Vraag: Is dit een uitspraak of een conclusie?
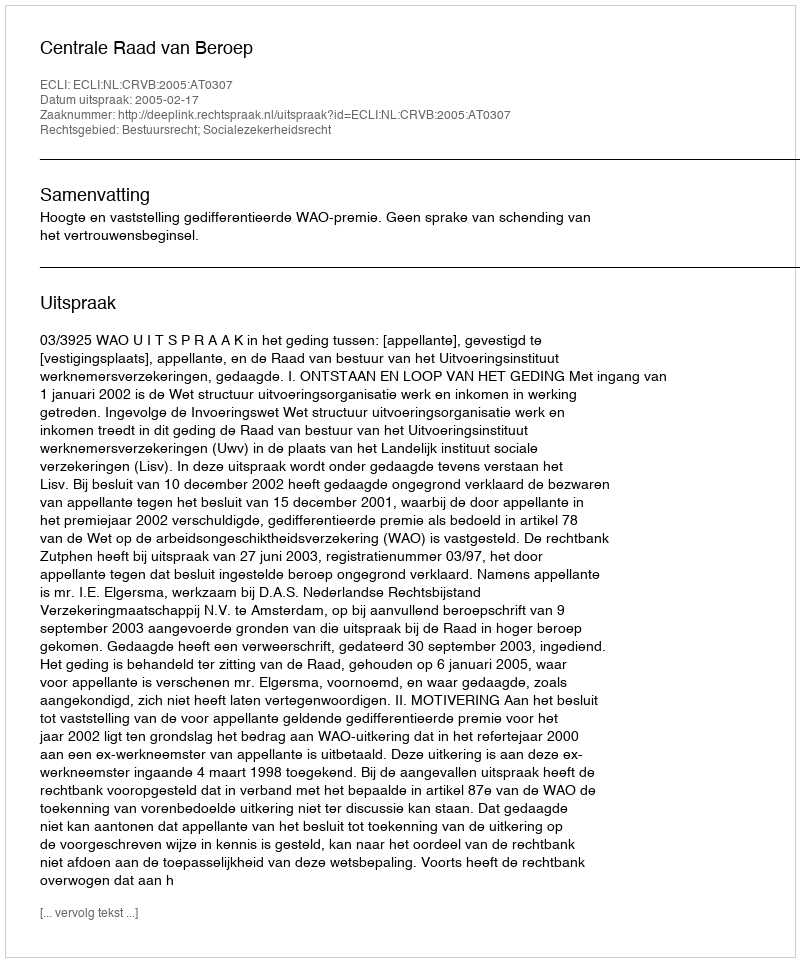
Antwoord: Uitspraak